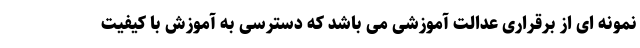
نمونه ای از برقراری عدالت آموزشی می باشد که دسترسی به آموزش با کیفیت